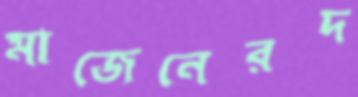
মাজেনেরদ